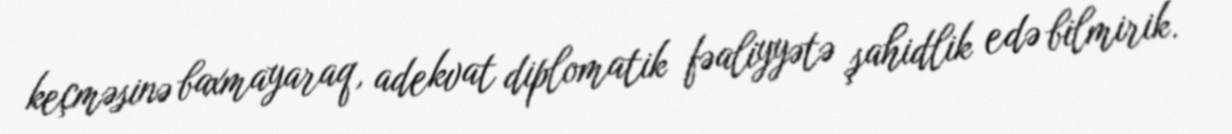
keçməsinə baxmayaraq, adekvat diplomatik fəaliyyətə şahidlik edə bilmirik.